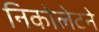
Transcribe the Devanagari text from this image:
निकोलेटने